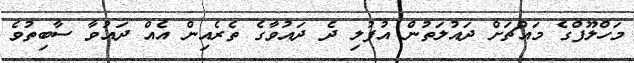
މަހްލޫފްގެ މައްޗަށް ދައުލަތުން އުފުލި ދެ ދައުވާގެ ތެރެއިން އެއް ދައުވާ ސާބިތުވެ